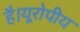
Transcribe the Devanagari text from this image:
है।यूरोपीय